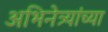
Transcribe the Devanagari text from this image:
अभिनेत्र्यांच्या